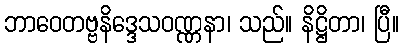
ဘာဝေတဗ္ဗနိဒ္ဒေသဝဏ္ဏနာ၊ သည်။ နိဋ္ဌိတာ၊ ပြီ။